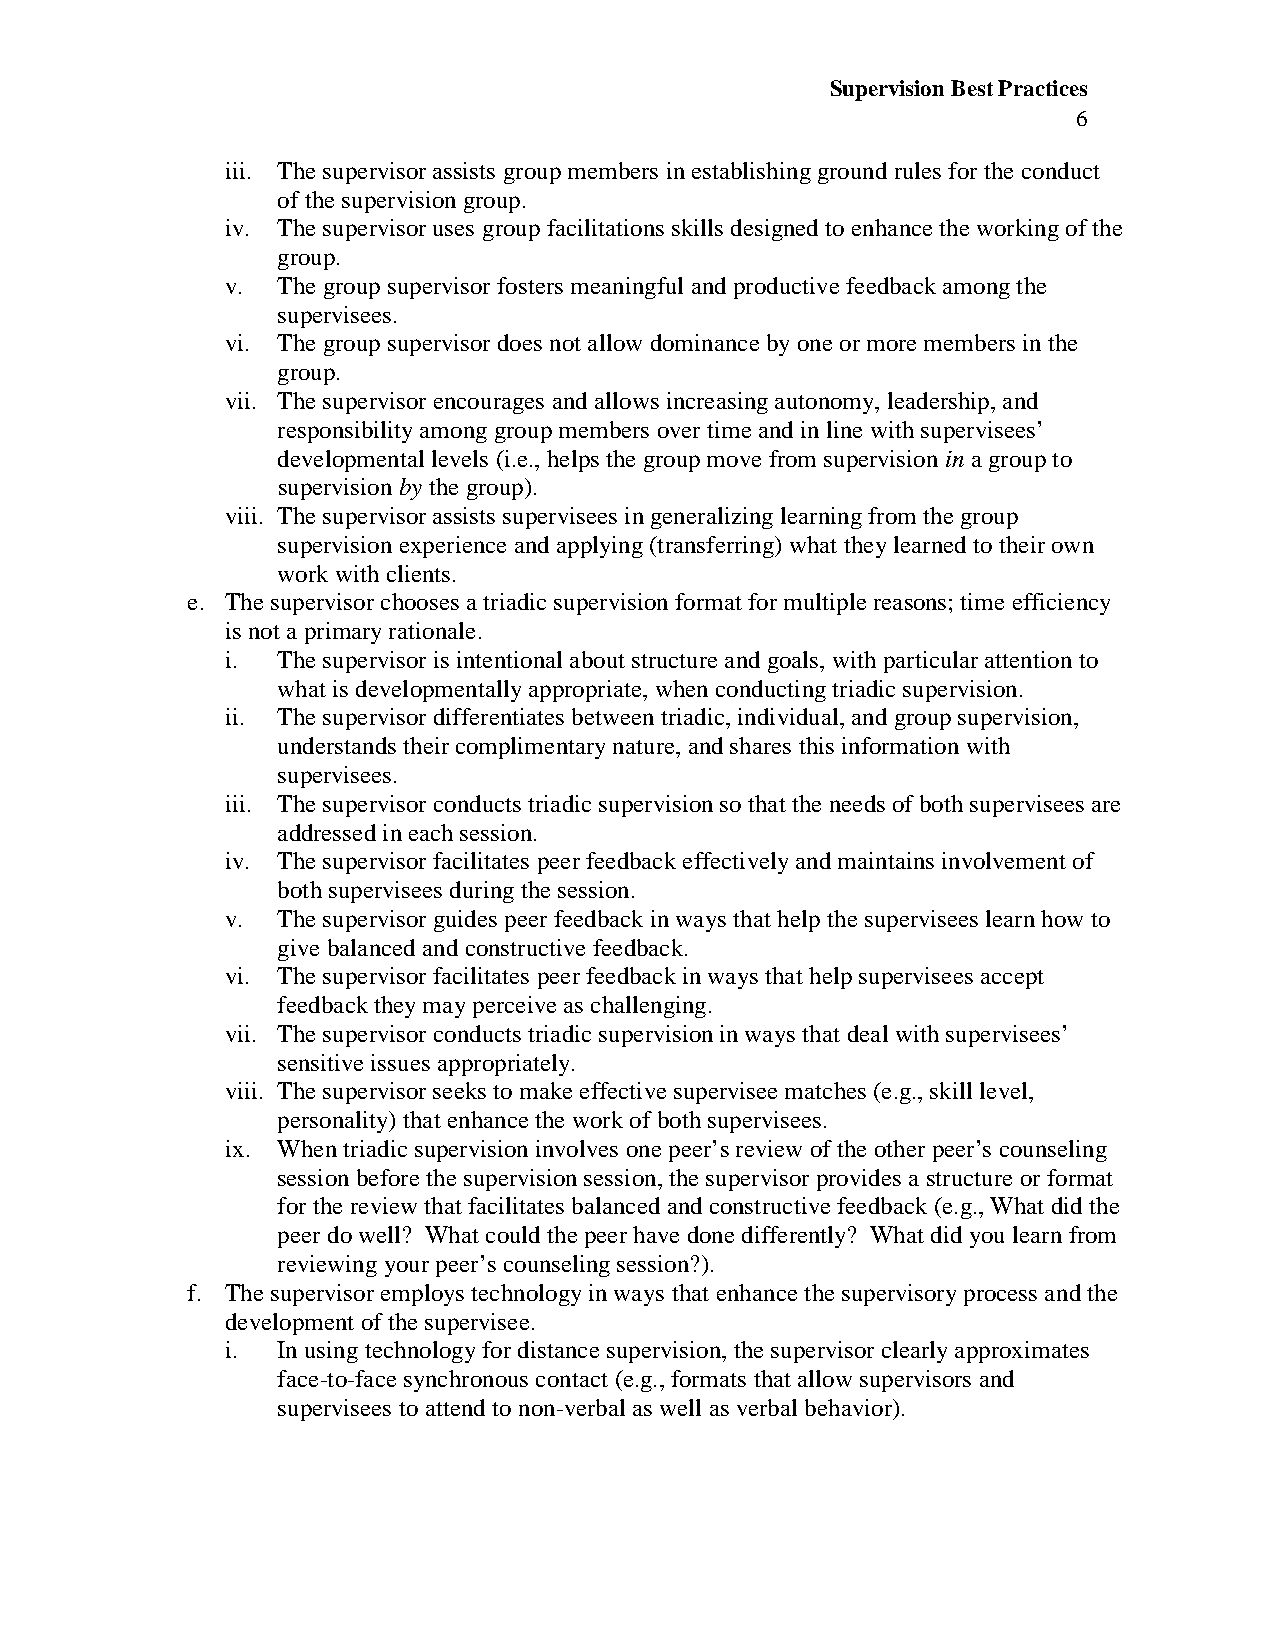
Supervision Best Practices
 6
 iii. The supervisor assists group members in establishing ground rules for the conduct
 of the supervision group.
 iv. The supervisor uses group facilitations skills designed to enhance the working of the
 group.
 v. The group supervisor fosters meaningful and productive feedback among the
 supervisees.
 vi. The group supervisor does not allow dominance by one or more members in the
 group.
 vii. The supervisor encourages and allows increasing autonomy, leadership, and
 responsibility among group members over time and in line with supervisees’
 developmental levels (i.e., helps the group move from supervision in a group to
 supervision by the group).
 viii. The supervisor assists supervisees in generalizing learning from the group
 supervision experience and applying (transferring) what they learned to their own
 work with clients.
 e. The supervisor chooses a triadic supervision format for multiple reasons; time efficiency
 is not a primary rationale.
 i. The supervisor is intentional about structure and goals, with particular attention to
 what is developmentally appropriate, when conducting triadic supervision.
 ii. The supervisor differentiates between triadic, individual, and group supervision,
 understands their complimentary nature, and shares this information with
 supervisees.
 iii. The supervisor conducts triadic supervision so that the needs of both supervisees are
 addressed in each session.
 iv. The supervisor facilitates peer feedback effectively and maintains involvement of
 both supervisees during the session.
 v. The supervisor guides peer feedback in ways that help the supervisees learn how to
 give balanced and constructive feedback.
 vi. The supervisor facilitates peer feedback in ways that help supervisees accept
 feedback they may perceive as challenging.
 vii. The supervisor conducts triadic supervision in ways that deal with supervisees’
 sensitive issues appropriately.
 viii. The supervisor seeks to make effective supervisee matches (e.g., skill level,
 personality) that enhance the work of both supervisees.
 ix. When triadic supervision involves one peer’s review of the other peer’s counseling
 session before the supervision session, the supervisor provides a structure or format
 for the review that facilitates balanced and constructive feedback (e.g., What did the
 peer do well? What could the peer have done differently? What did you learn from
 reviewing your peer’s counseling session?).
 f. The supervisor employs technology in ways that enhance the supervisory process and the
 development of the supervisee.
 i. In using technology for distance supervision, the supervisor clearly approximates
 face-to-face synchronous contact (e.g., formats that allow supervisors and
 supervisees to attend to non-verbal as well as verbal behavior).